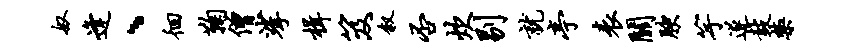
奴逢、徊鞠僧挲楫笈叙否炊剔就亭表关腴竽遂鼓禁